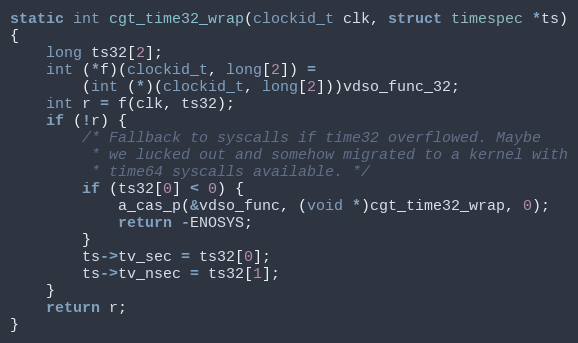
Language: C
static int cgt_time32_wrap(clockid_t clk, struct timespec *ts)
{
	long ts32[2];
	int (*f)(clockid_t, long[2]) =
		(int (*)(clockid_t, long[2]))vdso_func_32;
	int r = f(clk, ts32);
	if (!r) {
		/* Fallback to syscalls if time32 overflowed. Maybe
		 * we lucked out and somehow migrated to a kernel with
		 * time64 syscalls available. */
		if (ts32[0] < 0) {
			a_cas_p(&vdso_func, (void *)cgt_time32_wrap, 0);
			return -ENOSYS;
		}
		ts->tv_sec = ts32[0];
		ts->tv_nsec = ts32[1];
	}
	return r;
}